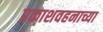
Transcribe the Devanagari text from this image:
प्रकाशवहनाच्या